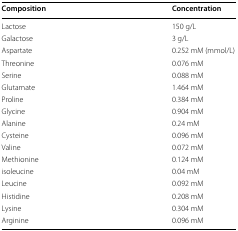
<table><thead><tr><td><b>Composition</b></td><td><b>Concentration</b></td></tr></thead><tbody><tr><td>Lactose</td><td>150 g/L</td></tr><tr><td>Galactose</td><td>3 g/L</td></tr><tr><td>Aspartate</td><td>0.252 mM (mmol/L)</td></tr><tr><td>Threonine</td><td>0.076 mM</td></tr><tr><td>Serine</td><td>0.088 mM</td></tr><tr><td>Glutamate</td><td>1.464 mM</td></tr><tr><td>Proline</td><td>0.384 mM</td></tr><tr><td>Glycine</td><td>0.904 mM</td></tr><tr><td>Alanine</td><td>0.24 mM</td></tr><tr><td>Cysteine</td><td>0.096 mM</td></tr><tr><td>Valine</td><td>0.072 mM</td></tr><tr><td>Methionine</td><td>0.124 mM</td></tr><tr><td>isoleucine</td><td>0.04 mM</td></tr><tr><td>Leucine</td><td>0.092 mM</td></tr><tr><td>Histidine</td><td>0.208 mM</td></tr><tr><td>Lysine</td><td>0.304 mM</td></tr><tr><td>Arginine</td><td>0.096 mM</td></tr></tbody></table>